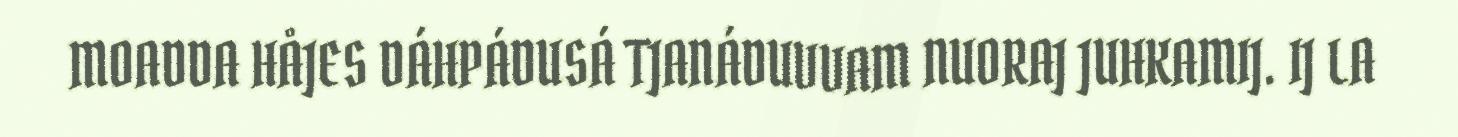
MOADDA HÅJES DÁHPÁDUSÁ TJANÁDUVVAM NUORAJ JUHKAMIJ. IJ LA